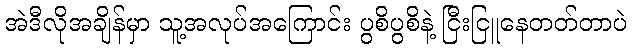
အဲဒီလိုအချိန်မှာ သူ့အလုပ်အကြောင်း ပွစိပွစိနဲ့ ငြီးငြူနေတတ်တာပဲ